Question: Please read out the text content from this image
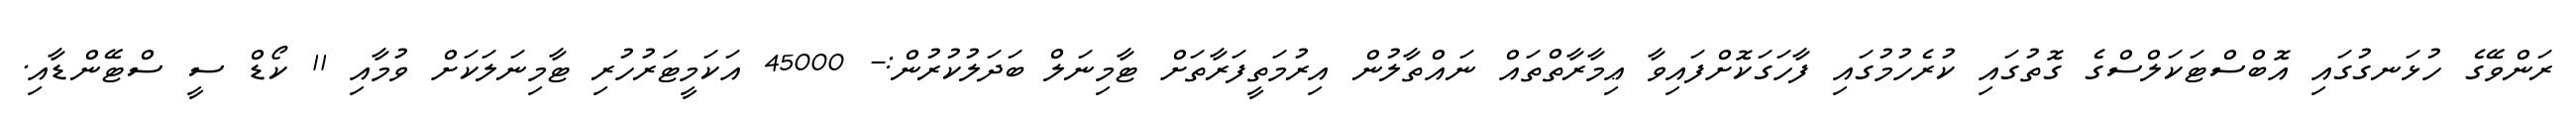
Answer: ރަންވޭގެ ހުޅަނގުގައި އޮބްސްޓަކަލްސްގެ ގޮތުގައި ކުރެހުމުގައި ފާހަގަކޮށްފައިވާ ޢިމާރާތްތައް ނައްތާލުން އިރުމަތީފަރާތަށް ޓާމިނަލް ބަދަލުކުރުން:- 45000 އަކަމީޓަރުހުރި ޓާމިނަލަކަށް ވުމާއި 11 ކޯޑް ސީ ސްޓޭންޑާއި.